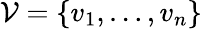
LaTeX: \mathcal{V}=\{ v_{1},\ldots,v_{n}\}